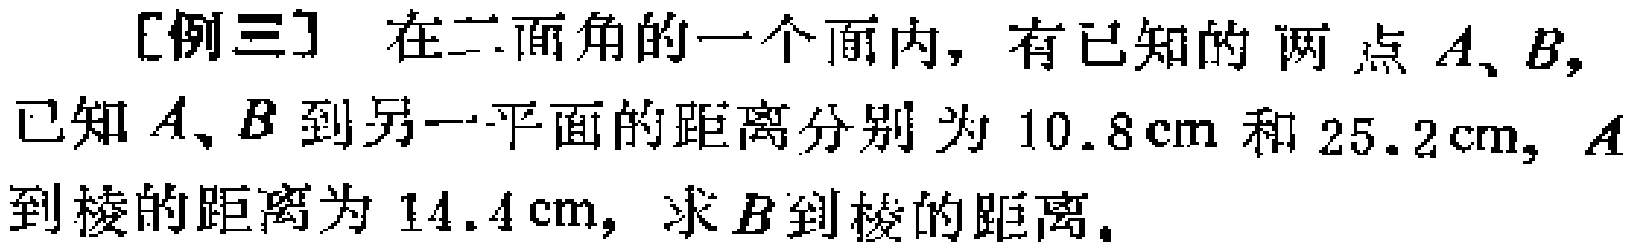
[例三] 在二面角的一个面内，有已知的两点\(A、B\)，已知\(A、B\)到另一平面的距离分别为\(10.8\text{cm}\)和\(25.2\text{cm}\)，\(A\)到棱的距离为\(14.4\text{cm}\)，求\(B\)到棱的距离。